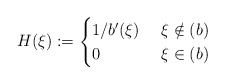
\begin{align*} H(\xi):=\begin{cases}1/b'(\xi)&\ \xi \notin (b)\\ 0 &\ \xi \in (b) \end{cases}\end{align*}